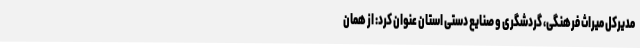
مدیرکل میراث فرهنگی، گردشگری و صنایع دستی استان عنوان کرد: از همان